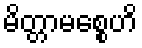
မိတ္တာမစ္စေဟိ